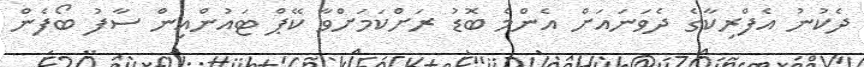
ދެކުނު އެފްރިކާގެ ދެވަނައަށް އެންމެ ބޮޑު ރަށްކަމަށްވާ ކޭޕް ޓައުންއިން ސާފު ބޯފެން